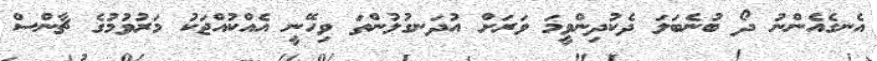
އެނގެއެންނު ދޯ ބުނެބަލަ ދެކުދިންވީމަ ވަރަށް އުދަނގުލުންތަ ވިހޭނީ އެއްކުއްޖަކު މަރުވުމުގެ ޗާންސް